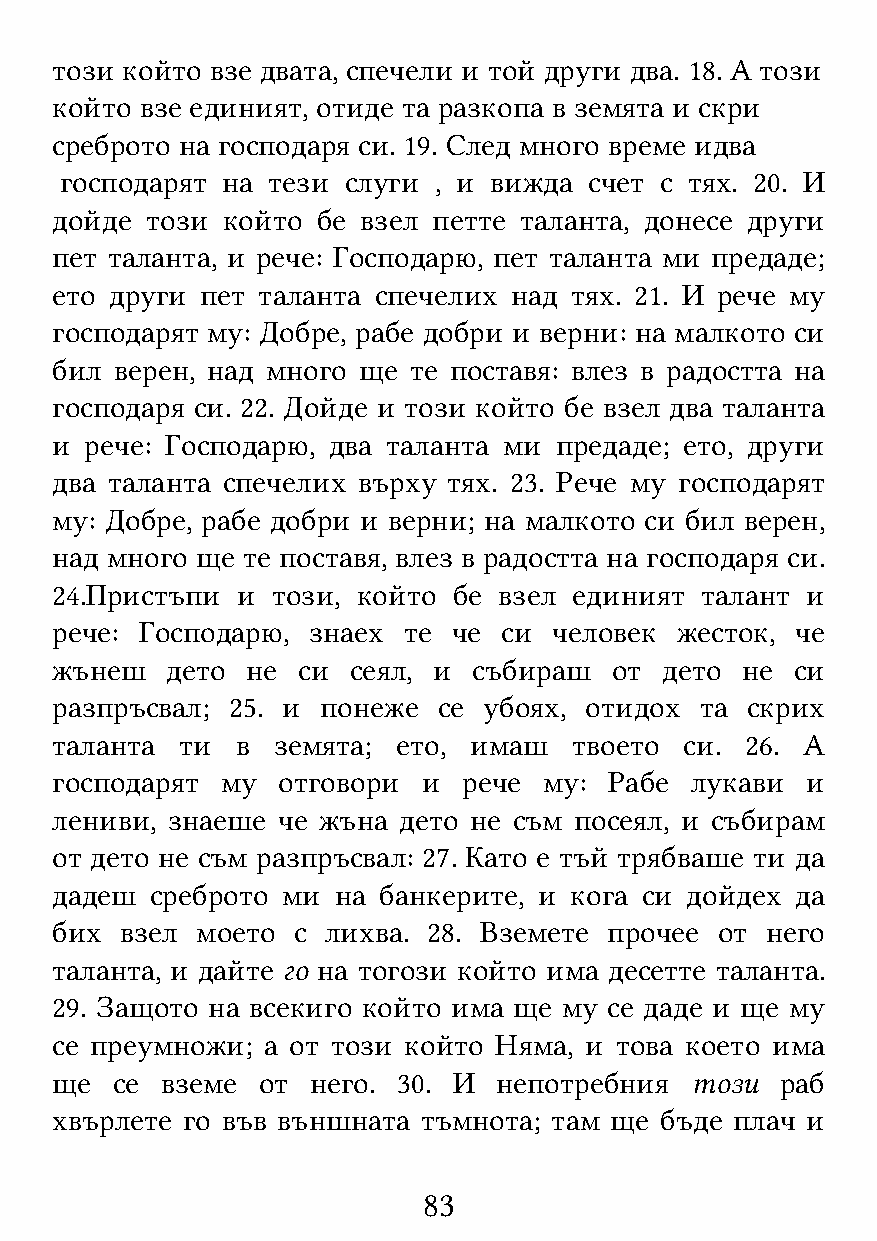
този който взе двата, спечели и той други два. 18. А този
 който взе единият, отиде та разкопа в земята и скри
 среброто на господаря си. 19. След много време идва
 господарят на тези слуги , и вижда счет с тях. 20. И
 дойде  този който бе взел петте таланта, донесе други
 пет таланта, и рече: Господарю, пет таланта ми предаде;
 ето други пет таланта спечелих над тях. 21. И рече му
 господарят му: Добре, рабе добри и верни: на малкото си
 бил  верен, над много ще те поставя: влез в радостта на
 господаря си. 22. Дойде и този който бе взел два таланта
 и  рече: Господарю, два таланта ми предаде; ето, други
 два таланта спечелих върху тях. 23. Рече му господарят
 му: Добре, рабе добри и верни; на малкото си бил верен,
 над много ще те поставя, влез в радостта на господаря си.
 24.Пристъпи  и този, който бе взел единият талант и
 рече: Господарю, знаех  те че си  человек жесток, че
 жънеш   дето не  си сеял, и събираш  от  дето не  си
 разпръсвал; 25. и понеже  се убоях, отидох та скрих
 таланта  ти  в земята; ето, имаш   твоето си. 26. А
 господарят  му отговори  и  рече му: Рабе  лукави и
 лениви, знаеше че жъна дето не съм посеял, и събирам
 от дето не съм разпръсвал: 27. Като е тъй трябваше ти да
 дадеш  среброто ми на банкерите, и кога си дойдех да
 бих  взел моето с  лихва. 28. Вземете прочее от него
 таланта, и дайте го на тогози който има десетте таланта.
 29. Защото на всекиго който има ще му се даде и ще му
 се преумножи; а от този който Няма, и това което има
 ще  се  вземе от  него. 30. И непотребния  този  раб
 хвърлете го във външната тъмнота; там ще бъде плач и
 83